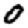
Digit: 0